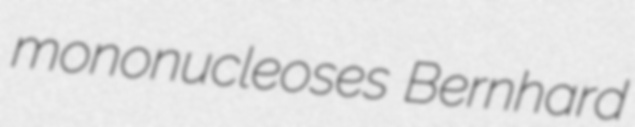
mononucleoses Bernhard